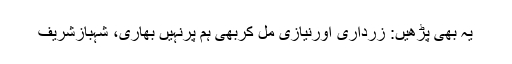
یہ بھی پڑھیں: زرداری اورنیازی مل کربھی ہم پرنہیں بھاری، شہبازشریف